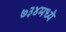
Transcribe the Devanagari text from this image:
७३४मध्ये